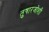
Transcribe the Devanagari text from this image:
तुषारजोशी